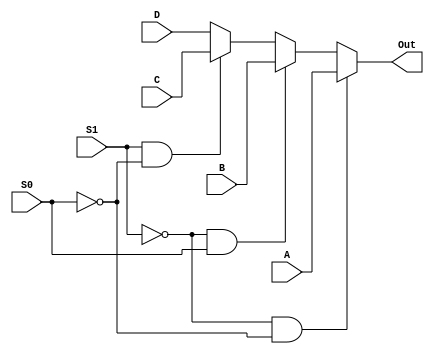
`timescale 1 ns/1 ns

module Mux_4x1_1bit_gate(A, B, C, D,
 	       		S1, S0,
	       		Out);

	input A, B, C, D;
	input S1, S0;
	output Out;
	reg Out;

	always @* 
	begin
       		if (S1==0 && S0==0)
         		Out <= A;
      		else if (S1==0 && S0==1)
         		Out <= B;
      		else if (S1==1 && S0==0)
         		Out <= C;
      		else
         		Out <= D;

   	end
endmodule